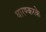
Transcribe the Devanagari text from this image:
धारण्करके